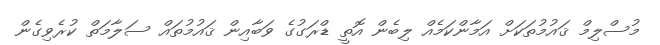
މުސްލިމް ޤައުމުތަކަށް އަމާންކަމެއް ލިބެން އޮތީ ޑްރަގުގެ ވަބާއިން ޤައުމުތައް ސަލާމަތް ކުރެވިގެން